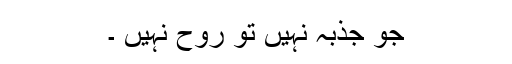
جو جذبہ نہیں تو روح نہیں ۔